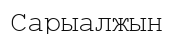
Сарыалжын